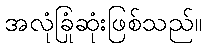
အလုံခြုံဆုံးဖြစ်သည်။